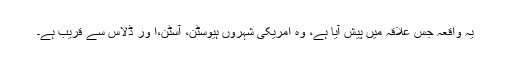
یہ واقعہ جس علاقہ میں پیش آیا ہے، وہ امریکی شہروں ہیوسٹن، آسٹن،ا ور ڈلاس سے قریب ہے۔